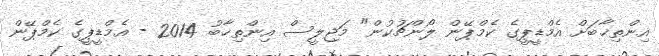
އިންތިޚާބަށް އެމްޑީޕީގެ ކެމްޕޭން ލޯންޗުކުން" މަޖިލީސް އިންތިޚާބު 2014 - އެމްޑީޕީގެ ކެމްޕޭން